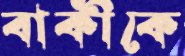
বাকীকে